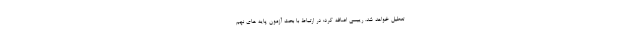
تعطیل خواهد شد. رییسی اضافه کرد: در ارتباط با بحث آزمون پایه های نهم